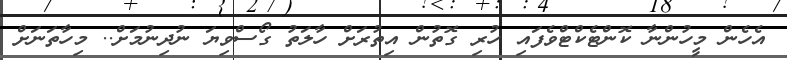
އެހެން މީހުންނާ ކޮންޓެކްޓްވެފައި ހުރި ގޮތުން އިތުރަށް ހާލަތު ގޯސްވިޔަ ނުދިނުމަށް.. މިހާތަނަށް